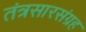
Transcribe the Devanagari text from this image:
तंत्रसारसंग्रह